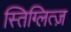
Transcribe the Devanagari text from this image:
स्तिग्लित्ज़